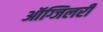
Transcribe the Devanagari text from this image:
ऑग्जिलरी